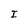
Character: I